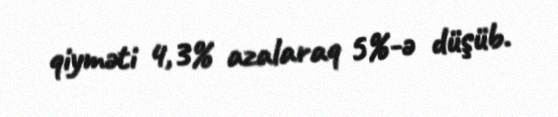
qiyməti 4,3% azalaraq 5%-ə düşüb.